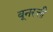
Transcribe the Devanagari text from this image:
बूनरत्ती